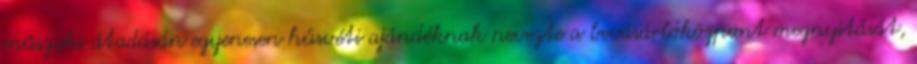
műszaki átadásán egyenesen húsvéti ajándéknak nevezte a bevásárlóközpont megnyitását,